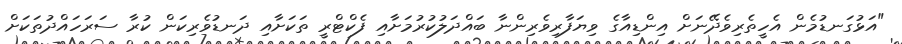
"އަޅުގަނޑުމެން އެހީތެރިވެދޭނަށް އިންޑިއާގެ ވިޔަފާރިވެރިންނާ ބައްދަލުކުރުމަށާއި ފެކްޓްރީ ތަކަށާއި ދަނޑުވެރިކަން ކުރާ ސަރަހައްދުތަަކަށް